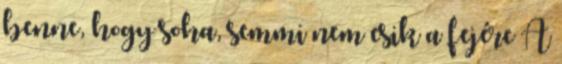
benne, hogy soha, semmi nem esik a fejére A